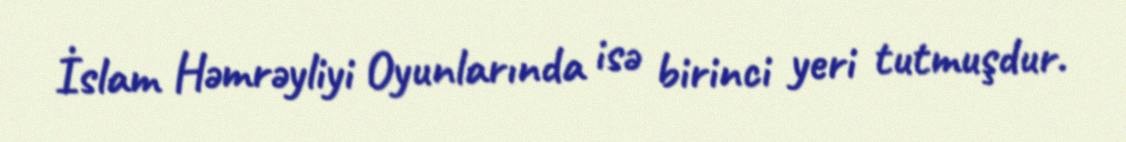
İslam Həmrəyliyi Oyunlarında isə birinci yeri tutmuşdur.